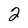
Character: 2